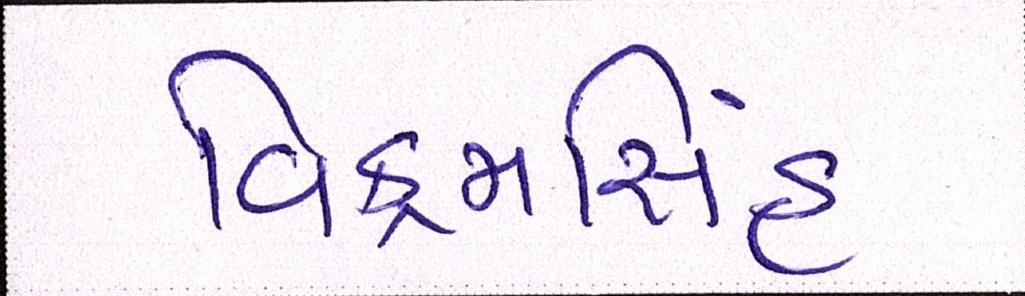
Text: વિક્રમસિંહ